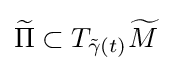
{\widetilde {\Pi }}\subset T_{{\tilde {\gamma }}(t)}{\widetilde {M}}